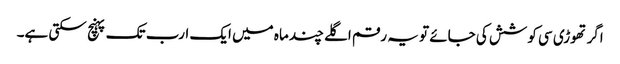
اگر تھوڑی سی کوشش کی جائے تو یہ رقم اگلے چند ماہ میں ایک ارب تک پہنچ سکتی ہے۔